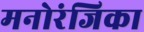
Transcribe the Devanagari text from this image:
मनोरंजिका